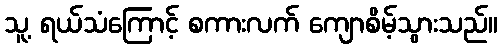
သူ့ ရယ်သံကြောင့် စကားလက် ကျောစိမ့်သွားသည်။